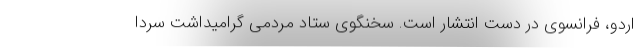
اردو، فرانسوی در دست انتشار است. سخنگوی ستاد مردمی گرامیداشت سردا